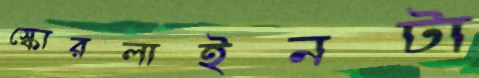
স্কোরলাইনটা